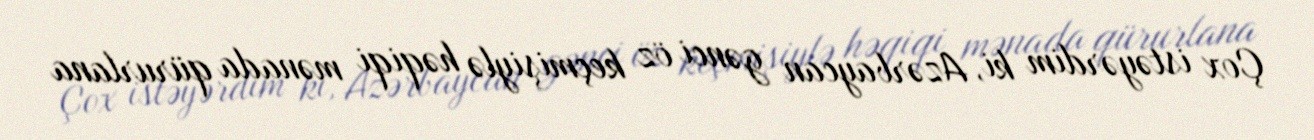
Çox istəyərdim ki, Azərbaycan gənci öz keçmişiylə həqiqi mənada qürurlana